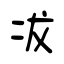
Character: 冹